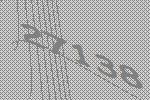
27138